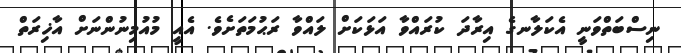
ނިސްބަތްވަނީ އެކަލާނގެ އިރާދަ ކުރައްވާ އަޅަކަށް ލައްވާ ރަޙުމަތަށެވެ. އެއީ މުއުމިނުންނަށް އާޚިރަތް